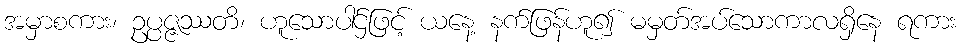
အမှာစကား၊ ဥပ္ပဇ္ဇဿတိ၊ ဟူသောပါဌ်ဖြင့် ယနေ့ နက်ဖြန်ဟူ၍ မမှတ်အပ်သောကာလရှိနေ ရကား